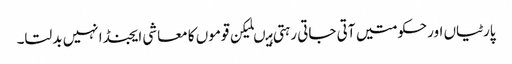
پارٹیاں اورحکومتیں آتی جاتی رہتی ہیںلیکن قوموں کا معاشی ایجنڈا نہیں بدلتا۔